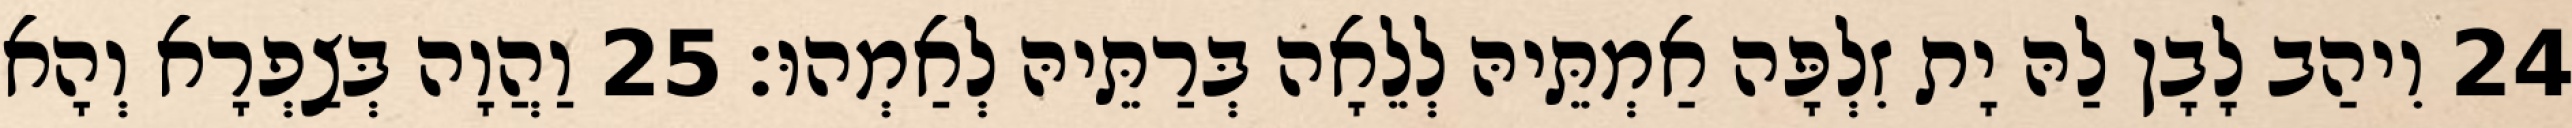
24 וִיהַב לָבָן לַהּ יָת זִלְפָּה אַמְתֵּיהּ לְלֵאָה בְּרַתֵּיהּ לְאַמְהוּ׃ 25 וַהֲוָה בְּצַפְרָא וְהָא